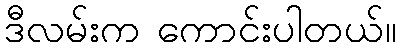
ဒီလမ်းက ကောင်းပါတယ်။